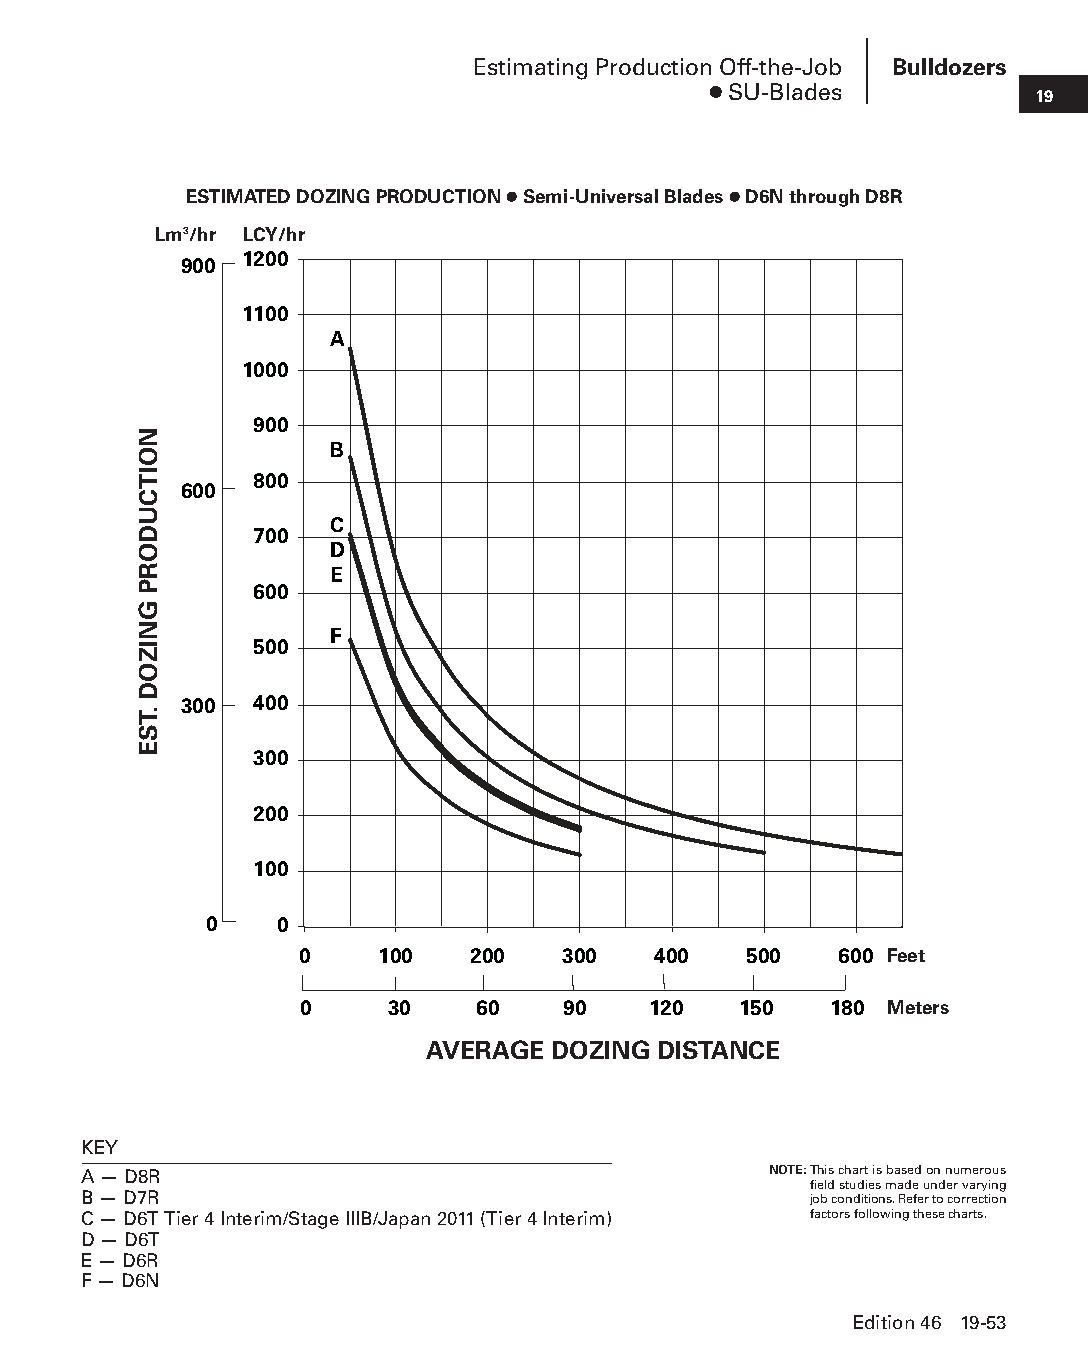
Estimating Production Off-the-Job Bulldozers
 ● SU-Blades           19
 ESTIMATED DOZING PRODUCTION ● Semi-Universal Blades ● D6N through D8R
 Lm3/hr LCY/hr
 1200
 900
 1100
 A
 1000
 900
 B
 800
 600
 C
 700
 D
 E
 600
 F
 500
 300  400
 300
 200
 100
 0    0
 0    100    200   300   400   500   600 Feet
 0     30    60    90   120   150   180 Meters
 AVERAGE DOZING DISTANCE
 KEY
 A — D8R                                      NOTE: This chart is based on numerous
 field studies made under varying
 B — D7R                                         job conditions. Refer to correction
 C — D6T Tier 4 Interim/Stage IIIB/Japan 2011 (Tier 4 Interim) factors follow ing these charts.
 D — D6T
 E — D6R
 F — D6N
 Edition 46 19-53
 PPHHBB--SSeecc1199--TTTTTT--33--BBuullllddoozzeerrss((ppgg3333--5588))..iinndddd 5533 1122//44//1155 1100::5599 AAMM
 NOITCUDORP
 GNIZOD
 .TSE